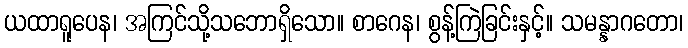
ယထာရူပေန၊ အကြင်သို့သဘောရှိသော။ စာဂေန၊ စွန့်ကြဲခြင်းနှင့်။ သမန္နာဂတော၊